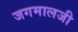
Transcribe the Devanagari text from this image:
जगमालजी